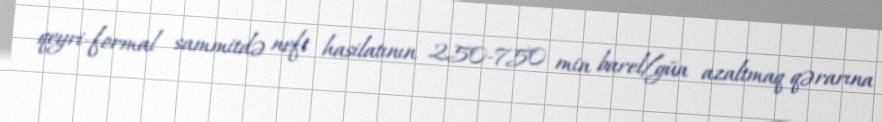
qeyri-formal sammitdə neft hasilatının 250-750 min barel/gün azaltmaq qərarına